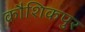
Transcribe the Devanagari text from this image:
कौशिकपुर